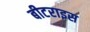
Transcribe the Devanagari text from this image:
बीटराइस